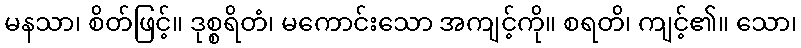
မနသာ၊ စိတ်ဖြင့်။ ဒုစ္စရိတံ၊ မကောင်းသော အကျင့်ကို။ စရတိ၊ ကျင့်၏။ သော၊